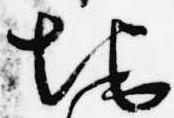
地